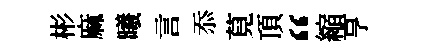
彬麻曦言忝莧頂“縮亨